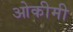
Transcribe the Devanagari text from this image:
ओकीमी